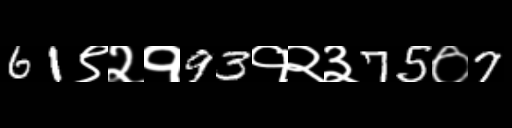
Text: 61९२१93१२३75०7